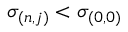
\sigma _ { ( n , j ) } < \sigma _ { ( 0 , 0 ) }